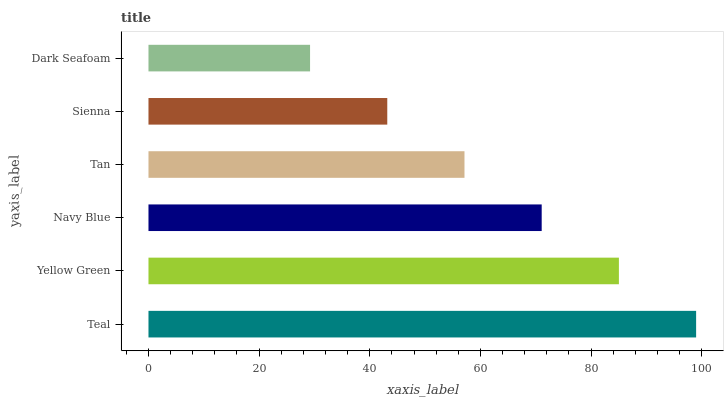
| yaxis_label | bars |
 | --- | --- |
 | Teal | 99 |
 | Yellow Green | 85 |
 | Navy Blue | 71.1 |
 | Tan | 57.1 |
 | Sienna | 43.2 |
 | Dark Seafoam | 29.2 |